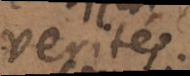
verités.